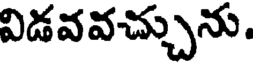
విడవవచ్చును.